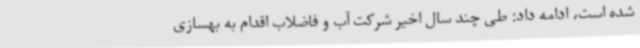
شده است، ادامه داد: طی چند سال اخیر شرکت آب و فاضلاب اقدام به بهسازی